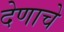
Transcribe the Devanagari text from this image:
देणाचे